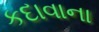
કદાવાના